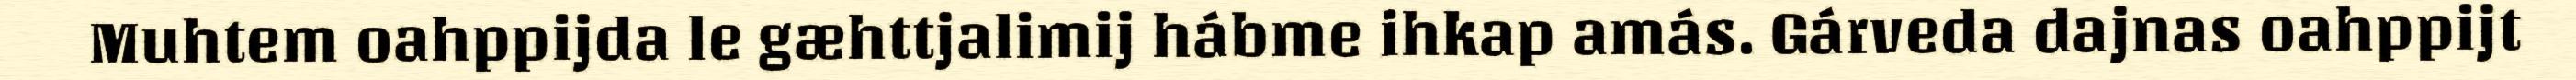
Muhtem oahppijda le gæhttjalimij hábme ihkap amás. Gárveda dajnas oahppijt